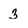
Character: 3